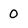
Character: 0